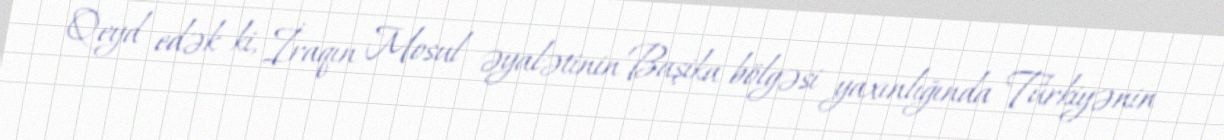
Qeyd edək ki, İraqın Mosul əyalətinin Başika bölgəsi yaxınlığında Türkiyənin